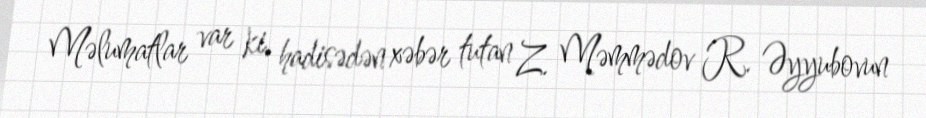
Məlumatlar var ki, hadisədən xəbər tutan Z. Məmmədov R. Əyyubovun